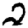
Digit: 2